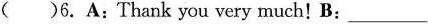
()6.A:Thank you very much! B: ___